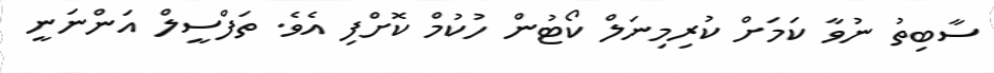
ސާބިތު ނުވާ ކަމަށް ކުރިމިނަލް ކޯޓުން ހުކުމް ކޮށްފި އެވެ. ތަފްސީލް އަންނަނީ